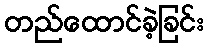
တည်ထောင်ခဲ့ခြင်း